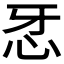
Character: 𢗬